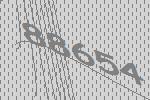
88654